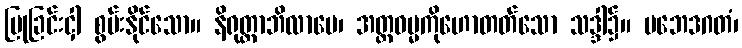
ပြုခြင်းငှါ စွမ်းနိုင်သော။ နိရုတ္တာဘိလာပေ၊ အတ္ထဓမ္မကိုဟောတတ်သော သဒ္ဒါ၌။ ပဘေဒဂတံ၊